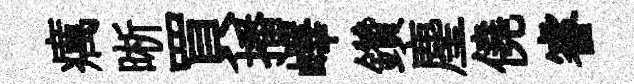
癘晰買播嶧鑽麈僥睿